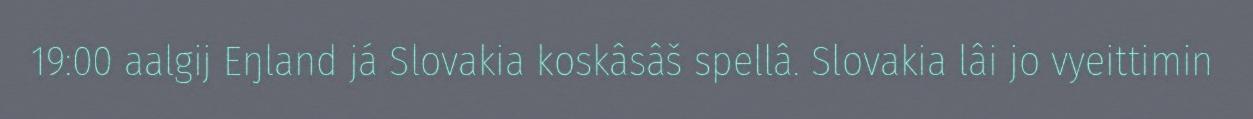
19:00 aalgij Eŋland já Slovakia koskâsâš spellâ. Slovakia lâi jo vyeittimin